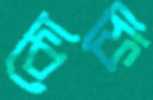
কোফি